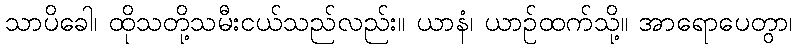
သာပိခေါ၊ ထိုသတို့သမီးငယ်သည်လည်း။ ယာနံ၊ ယာဉ်ထက်သို့။ အာရောပေတွာ၊